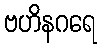
ဗဟိနဂရေ